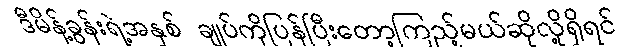
ဒီမိန့်ခွန်းရဲ့အနှစ် ချုပ်ကိုပြန်ပြီးတော့ကြည့်မယ်ဆိုလို့ရှိရင်